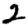
Digit: 2